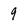
Character: 9